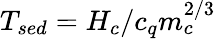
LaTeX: T_{sed}=H_{c}/c_{q}m_{c}^{2/3}